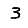
Digit: 3